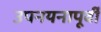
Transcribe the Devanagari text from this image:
उपनयनापूर्वी